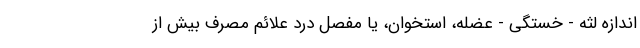
اندازه لثه - خستگی - عضله، استخوان، یا مفصل درد علائم مصرف بیش از